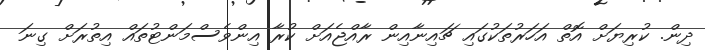
ދިން. ކުރިޔަށް އޮތް އަހަރުތަކުގައި ޗައިނާއިން ރާއްޖެއަށް ކުރާ އިންވެސްމަންޓުތައް އިތުރަށް ގިނަ